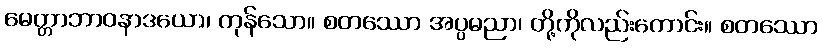
မေတ္တာဘာဝနာဒယော၊ ကုန်သော။ စတဿော အပ္ပမညာ၊ တို့ကိုလည်းကောင်း။ စတဿော